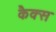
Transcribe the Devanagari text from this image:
कैक्स